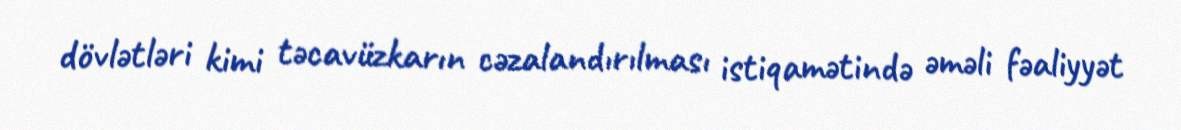
dövlətləri kimi təcavüzkarın cəzalandırılması istiqamətində əməli fəaliyyət